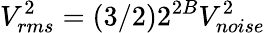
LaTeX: V_{rms}^{2}=(3/2)2^{2B}V_{noise}^{2}